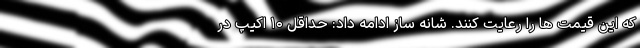
که این قیمت ها را رعایت کنند. شانه ساز ادامه داد: حداقل ۱۰ اکیپ در